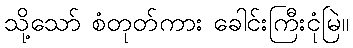
သို့သော် စံတုတ်ကား ခေါင်းကြီးငုံမြဲ။